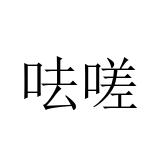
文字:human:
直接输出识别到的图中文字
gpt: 呿嗟